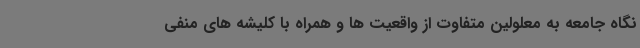
نگاه جامعه به معلولین متفاوت از واقعیت ها و همراه با کلیشه های منفی